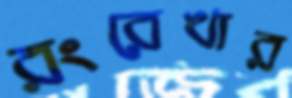
রংরেখার